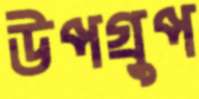
উপগ্রুপ